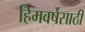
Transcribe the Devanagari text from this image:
हिमवर्षेसाठी